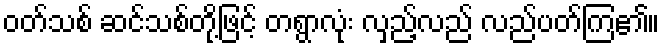
ဝတ်သစ် ဆင်သစ်တို့ဖြင့် တရွာလုံး လှည့်လည် လည်ပတ်ကြ၏။